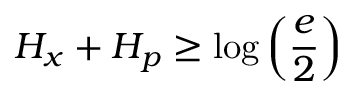
H _ { x } + H _ { p } \geq \log \left( { \frac { e } { 2 } } \right)